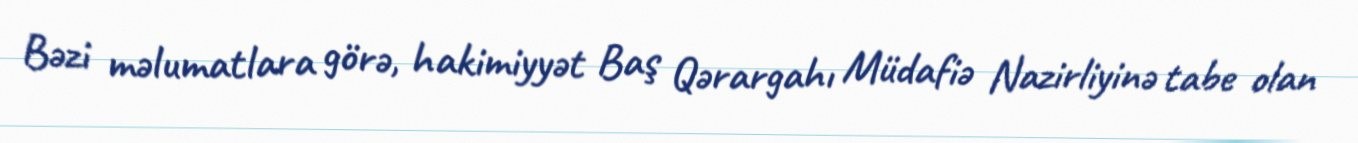
Bəzi məlumatlara görə, hakimiyyət Baş Qərargahı Müdafiə Nazirliyinə tabe olan